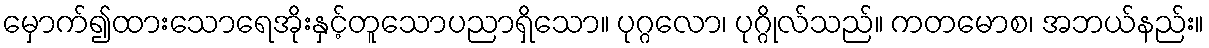
မှောက်၍ထားသောရေအိုးနှင့်တူသောပညာရှိသော။ ပုဂ္ဂလော၊ ပုဂ္ဂိုလ်သည်။ ကတမောစ၊ အဘယ်နည်း။